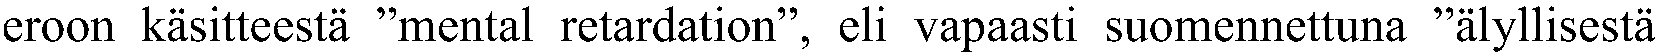
eroon käsitteestä ”mental retardation”, eli vapaasti suomennettuna ”älyllisestä